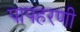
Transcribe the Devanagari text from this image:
पापहरणी